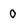
Character: 0